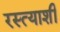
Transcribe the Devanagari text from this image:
रस्त्याशी